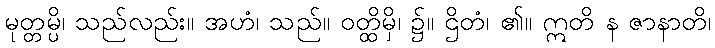
မုတ္တမ္ပိ၊ သည်လည်း။ အဟံ၊ သည်။ ဝတ္ထိမှိ၊ ၌။ ဌိတံ၊ ၏။ ဣတိ န ဇာနာတိ၊